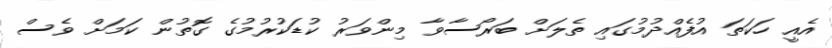
އެއީ ހަކަތަ އުފެއްދުމުގައި ތެލަށް ބަރޯސާވާ މިންވަރު ކުޑަކުރުމުގެ ގޮތުން ކަމަށް ވެސް